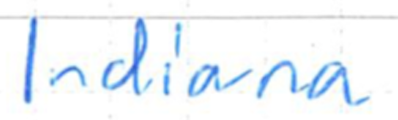
Text: Indiana
Cross-out: clean
Writing tool: ballpoint